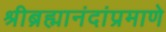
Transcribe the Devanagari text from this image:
श्रीब्रह्मानंदांप्रमाणे